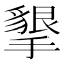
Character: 𭢩